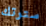
سترتك